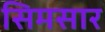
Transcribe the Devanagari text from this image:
सिमसार